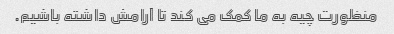
منظورت چیه به ما کمک می کند تا آرامش داشته باشیم.